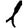
Digit: 1